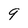
Character: 9